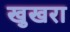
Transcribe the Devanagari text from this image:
खुखरा